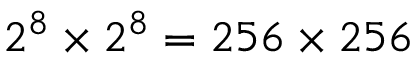
2 ^ { 8 } \times 2 ^ { 8 } = 2 5 6 \times 2 5 6